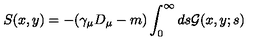
S ( x , y ) = - ( \gamma _ { \mu } D _ { \mu } - m ) \int _ { 0 } ^ { \infty } d s { \cal G } ( x , y ; s )